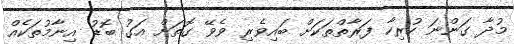
މުދާ ގަންނަ ހުރިހާ ފަރާތްތަކަށް ބައިވެރި ވެވޭ ގޮތަށް އަގު ބޮޑު އިނާމުތަކެއް